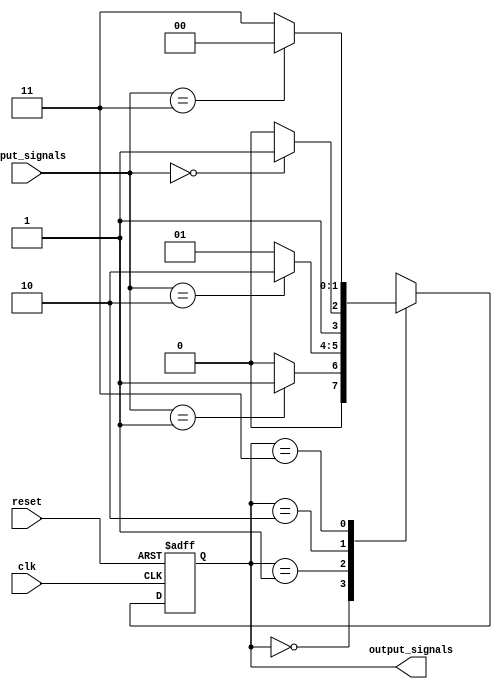
module state_machine (
    input wire clk,        // Clock signal
    input wire reset,      // Reset signal
    input wire [1:0] input_signals,   // Input signals
    output wire [1:0] output_signals   // Output signals
);

// State encoding
parameter STATE_A = 2'b00;
parameter STATE_B = 2'b01;
parameter STATE_C = 2'b10;
parameter STATE_D = 2'b11;

// State register
reg [1:0] state_reg, next_state;

always @(posedge clk or posedge reset) begin
    if (reset) begin
        state_reg <= STATE_A;  // Initial state
    end else begin
        state_reg <= next_state;  // Update state based on next_state logic
    end
end

// Combinational logic block for next state computation
always @* begin
    case (state_reg)
        STATE_A: begin
            next_state = (input_signals == 2'b01) ? STATE_B : STATE_A;
        end
        STATE_B: begin
            next_state = (input_signals == 2'b10) ? STATE_C : STATE_B;
        end
        STATE_C: begin
            next_state = (input_signals == 2'b00) ? STATE_D : STATE_C;
        end
        STATE_D: begin
            next_state = (input_signals == 2'b11) ? STATE_A : STATE_D;
        end
        default: next_state = STATE_A;
    endcase
end

// Output signals based on current state
assign output_signals = state_reg;

endmodule